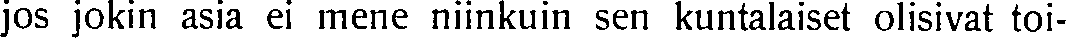
jos jokin asia ei mene niinkuin sen kuntalaiset olisivat toi-